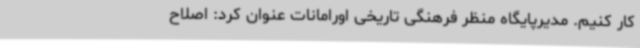
کار کنیم. مدیرپایگاه منظر فرهنگی تاریخی اورامانات عنوان کرد: اصلاح